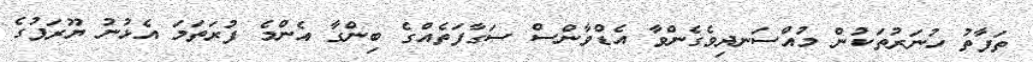
ތަފާތު ހުނަރުތަކުން މުއްސަނދިވެގެންވާ އެޑްވާންސް ސަގާފަތެއްގެ ބިންގާ އެންމެ ފުރަތަމަ އެޅުނު ޔޫރަޕުގެ